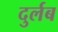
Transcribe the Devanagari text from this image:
दुर्लब